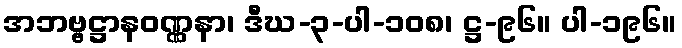
အဘဗ္ဗဋ္ဌာနဝဏ္ဏနာ၊ ဒီဃ-၃-ပါ-၁၀၈၊ ဋ္ဌ-၉၆။ ပါ-၁၉၆။